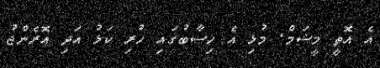
އެ އޮތީ މީޝަމް. މުޅި އެ ހިސާބުގައި ހުރި ކަޅު އަދި އޮރެންޖު